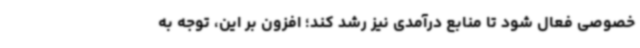
خصوصی فعال شود تا منابع درآمدی نیز رشد کند؛ افزون بر این، توجه به